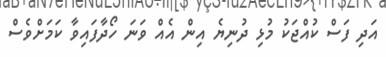
އަދި ފަސް ކުއްޖަކު މުޅި ދުނިޔެ އިން އެއް ވަނަ ހޯދާފައިވާ ކަމަށްވެސް